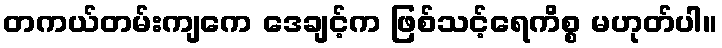
တကယ်တမ်းကျကေ ဒေချင့်က ဖြစ်သင့်ရေကိစ္စ မဟုတ်ပါ။